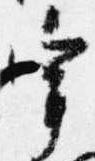
宰